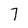
Character: 7